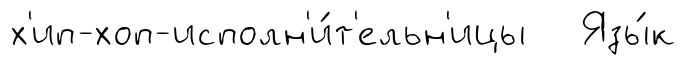
х'ип-хоп-исполн'и́т'ельн'ицы Язы́к